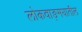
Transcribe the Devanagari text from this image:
लोकवाङ्‍मयातील